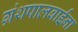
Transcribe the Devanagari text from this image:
ग्रंथपालबाईंना